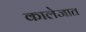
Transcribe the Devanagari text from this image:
कालेजात